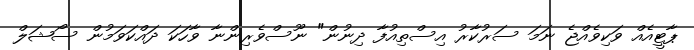
ޕާޓީއެއް ވަކިވެއްޖެ ނަމަ ސަރުކާރު އިސްތިއުފާ ދިނުން" ނޫސްވެރިންނާ ވާހަކަ ދައްކަވަމުން ސޯޝަލް